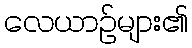
လေယာဉ်များ၏